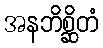
အနဘိစ္ဆိတံ